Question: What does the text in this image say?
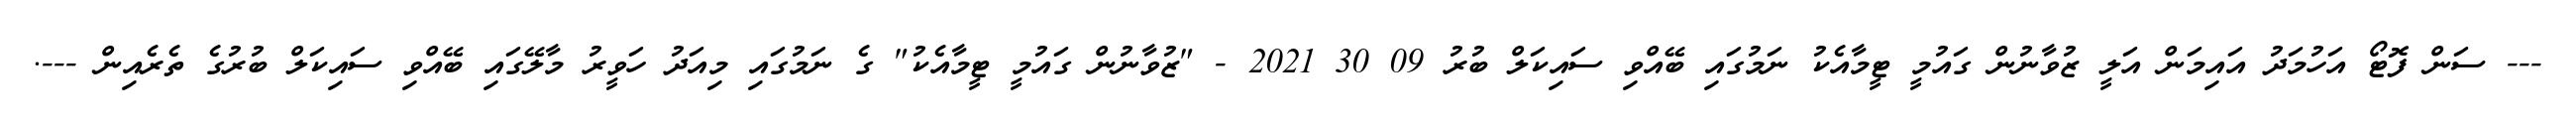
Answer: --- ސަން ފޮޓޯ އަހުމަދު އައިމަން އަލީ ޒުވާނުން ގައުމީ ޓީމާއެކު ނަމުގައި ބޭއްވި ސައިކަލް ބުރު 09 30 2021 - "ޒުވާނުން ގައުމީ ޓީމާއެކު" ގެ ނަމުގައި މިއަދު ހަވީރު މާލޭގައި ބޭއްވި ސައިކަލް ބުރުގެ ތެރެއިން ---.